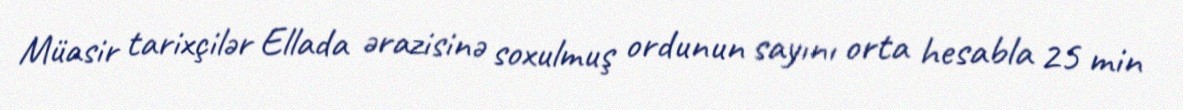
Müasir tarixçilər Ellada ərazisinə soxulmuş ordunun sayını orta hesabla 25 min